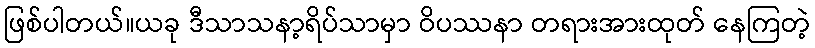
ဖြစ်ပါတယ်။ယခု ဒီသာသနာ့ရိပ်သာမှာ ဝိပဿနာ တရားအားထုတ် နေကြတဲ့